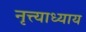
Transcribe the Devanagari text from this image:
नृत्त्याध्याय